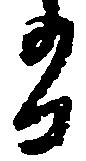
有